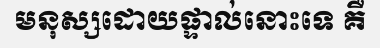
មនុស្សដោយផ្ទាល់នោះទេ គឺ